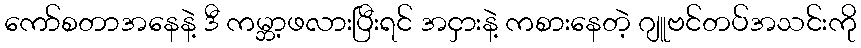
ကော်စတာအနေနဲ့ ဒီ ကမ္ဘာ့ဖလားပြီးရင် အငှားနဲ့ ကစားနေတဲ့ ဂျူဗင်တပ်အသင်းကို